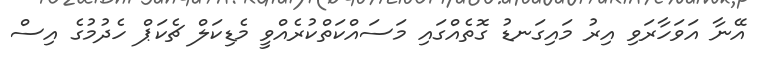
އޭނާ އަވަހާރަވި އިރު މައިގަނޑު ގޮތެއްގައި މަސައްކަތްކުރެއްވީ މެޑިކަލް ޗެކަޕް ހެދުމުގެ އިސް